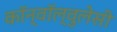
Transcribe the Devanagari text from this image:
कॉन्वॉल्वुलेसी